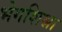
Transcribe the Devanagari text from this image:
भेगशिश्ना